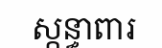
ស្កន្ធាពារ